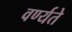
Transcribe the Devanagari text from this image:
वर्ण्यते